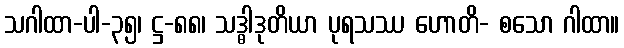
သဂါထာ-ပါ-၃၅၊ ဋ္ဌ-၈၈၊ သဒ္ဓါဒုတိယာ ပုရသဿ ဟောတိ- စသော ဂါထာ။